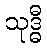
သုဒ္ဓီ